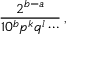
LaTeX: { \frac { 2 ^ { b - a } } { 1 0 ^ { b } p ^ { k } q ^ { l } \cdots } } \, ,